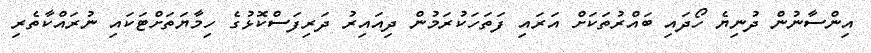
އިންސާނުން ދުނިޔެ ހޯދައި ބައްރުތަކަށް އަރައި ފަތަހަކުރަމުން ދިއައިރު ދަރިފަސްކޮޅުގެ ހިމާޔަތަށްޓަކައި ނުރައްކާތެރި